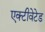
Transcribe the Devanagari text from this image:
एक्टीवेटेड